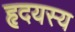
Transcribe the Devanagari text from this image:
हृदयस्य